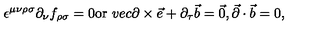
\epsilon ^ { \mu \nu \rho \sigma } \partial _ { \nu } f _ { \rho \sigma } = 0 \mathrm { o r } \ v e c { \partial } \times \vec { e } + \partial _ { \tau } \vec { b } = \vec { 0 } , \vec { \partial } \cdot \vec { b } = 0 ,